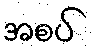
အစပ်